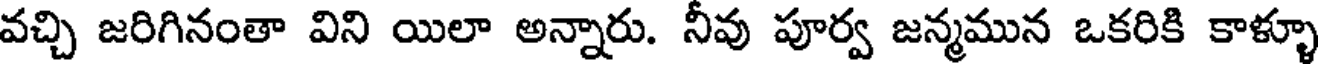
వచ్చి జరిగినంతా విని యిలా అన్నారు. నీవు పూర్వ జన్మమున ఒకరికి కాళ్ళూ